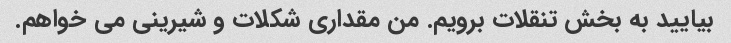
بیایید به بخش تنقلات برویم. من مقداری شکلات و شیرینی می خواهم.